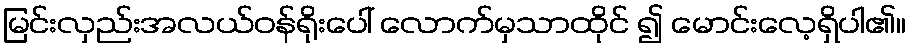
မြင်းလှည်းအလယ်ဝန်ရိုးပေါ် လောက်မှသာထိုင် ၍ မောင်းလေ့ရှိပါ၏။